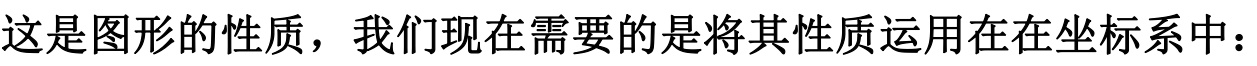
这是图形的性质，我们现在需要的是将其性质运用在在坐标系中：